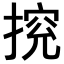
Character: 𢰉